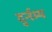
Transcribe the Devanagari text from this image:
दुर्नम्य